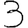
Digit: 3